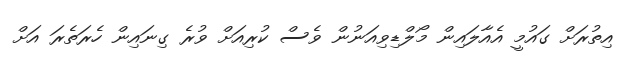
އިތުރަށް ގައުމީ އެއާލައިން މޯލްޑިވިއަނުން ވެސް ކުރިއަށް ވުރެ ގިނައިން ހެރަތެރަ އަށް